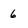
Character: 6